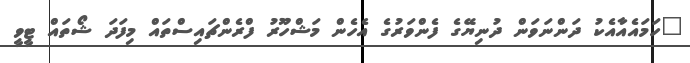
"ހަމައެއާއެކު ދަންނަވަން ދުނިޔޭގެ ފެންވަރުގެ އެހެން މަޝްހޫރު ފްރެންޗައިސްތައް މިފަދަ ޝޯތައް ޓީވީ